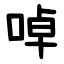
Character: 啅